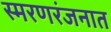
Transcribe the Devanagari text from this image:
स्मरणरंजनात